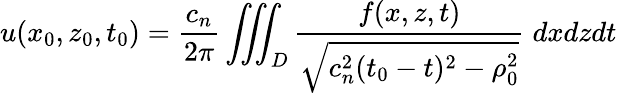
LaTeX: u(x_{0},z_{0},t_{0})=\frac{c_{n}}{2\pi}\iiint_{D}\frac{f(x,z,t)}{\sqrt{c_{n}^{2}(t_{0}-t)^{2}-\rho_{0}^{2}}}\; dxdzdt